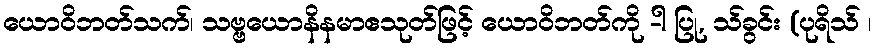
ယောဝိဘတ်သက်၊ သဗ္ဗယောနိနမာဧသုတ်ဖြင့် ယောဝိဘတ်ကို -ါ ပြု, သ်ခွင်း (ပုရိသ် ၊